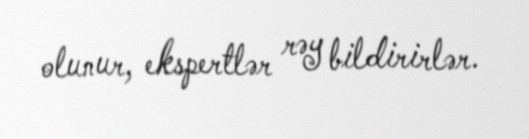
olunur, ekspertlər rəy bildirirlər.